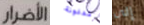
الأضرار مدفونة إلى